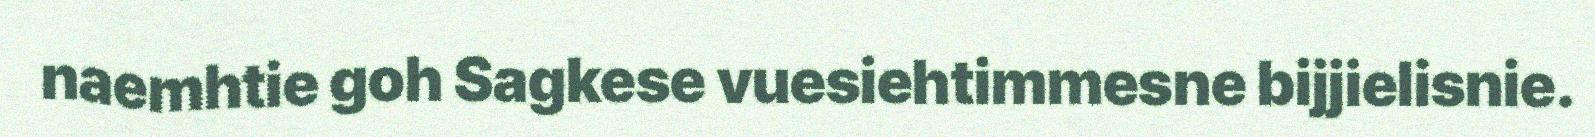
naemhtie goh Sagkese vuesiehtimmesne bijjielisnie.